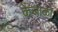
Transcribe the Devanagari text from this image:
केंजाळा